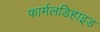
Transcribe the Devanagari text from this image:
फार्मलडिहाइड